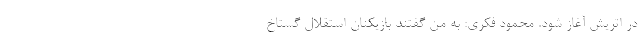
در اتریش آغاز شود. محمود فکری: به من گفتند بازیکنان استقلال گستاخ